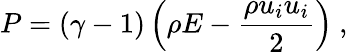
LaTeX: P=(\gamma-1)\left(\rho E-\frac{\rho u_{i}u_{i}}{2}\right)\mathrm{~,~}